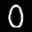
Label: 0